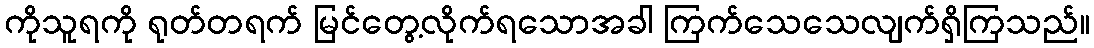
ကိုသူရကို ရုတ်တရက် မြင်တွေ့လိုက်ရသောအခါ ကြက်သေသေလျက်ရှိကြသည်။